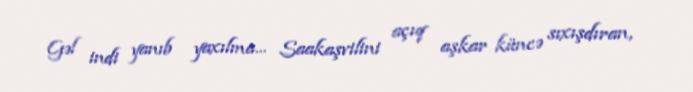
Gəl indi yanıb yaxılma... Saakaşvilini açıq aşkar küncə sıxışdıran,